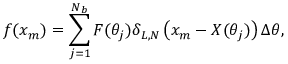
f ( x _ { m } ) = \sum _ { j = 1 } ^ { N _ { b } } F ( \theta _ { j } ) \delta _ { L , N } \left( x _ { m } - X ( \theta _ { j } ) \right) \Delta \theta ,